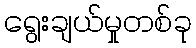
ရွေးချယ်မှုတစ်ခု